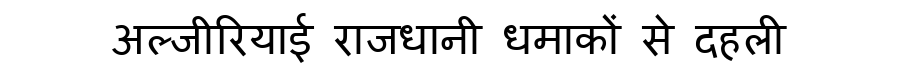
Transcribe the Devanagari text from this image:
अल्जीरियाई राजधानी धमाकों से दहली